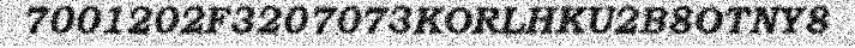
7001202F3207073KORLHKU2B8OTNY8